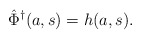
\begin{align*}\hat \Phi^\dagger(a,s) = h(a,s).\end{align*}